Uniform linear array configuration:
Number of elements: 12
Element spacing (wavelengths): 0.75
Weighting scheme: blackman
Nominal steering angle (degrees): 15
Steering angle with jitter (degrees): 16.521
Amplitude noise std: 0.05
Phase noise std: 0.05

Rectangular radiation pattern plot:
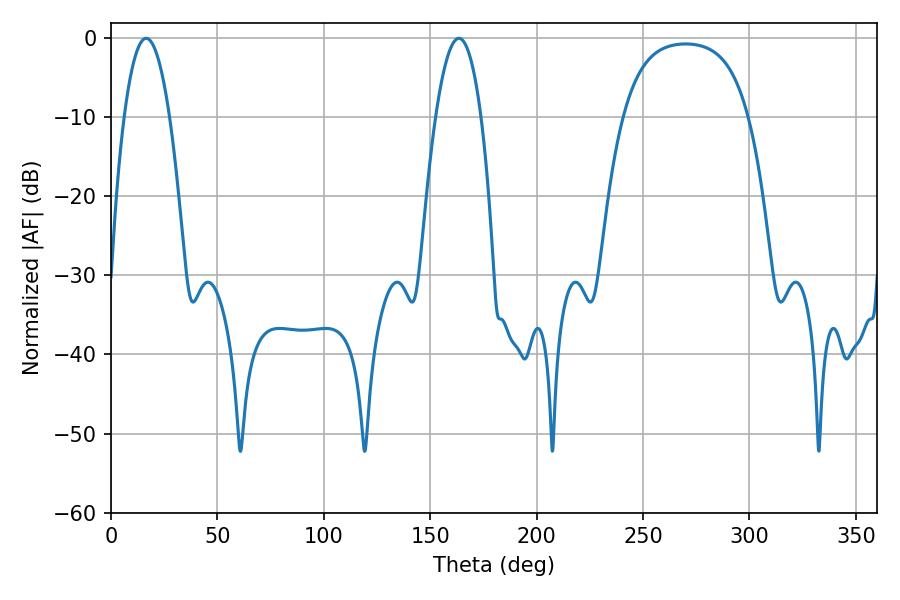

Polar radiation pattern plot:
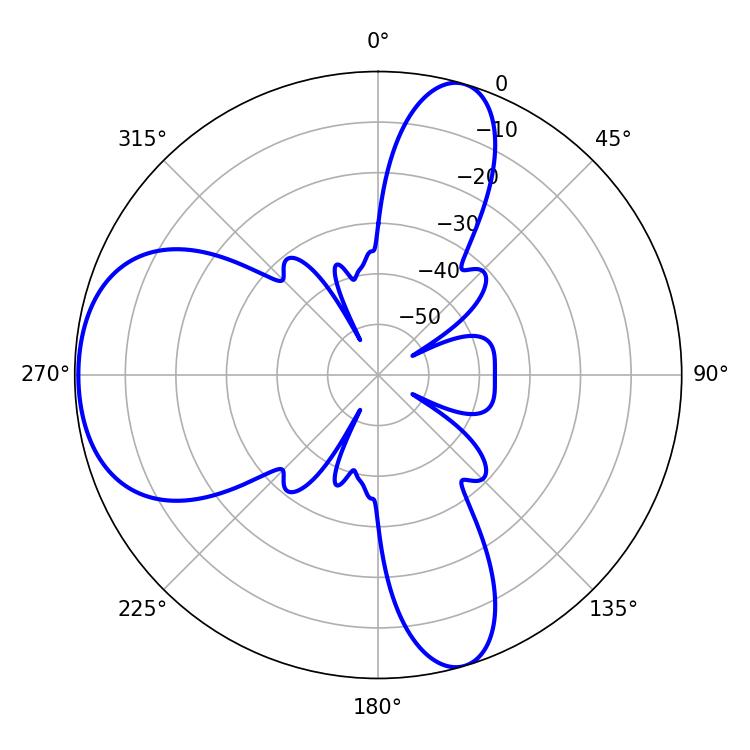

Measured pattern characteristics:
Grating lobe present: TRUE
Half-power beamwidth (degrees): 11.7
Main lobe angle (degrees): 16.56